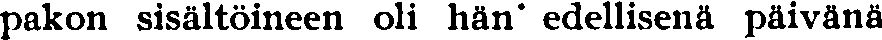
pakon sisältöineen oli hän' edellisenä päivänä